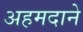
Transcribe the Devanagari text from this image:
अहमदाने